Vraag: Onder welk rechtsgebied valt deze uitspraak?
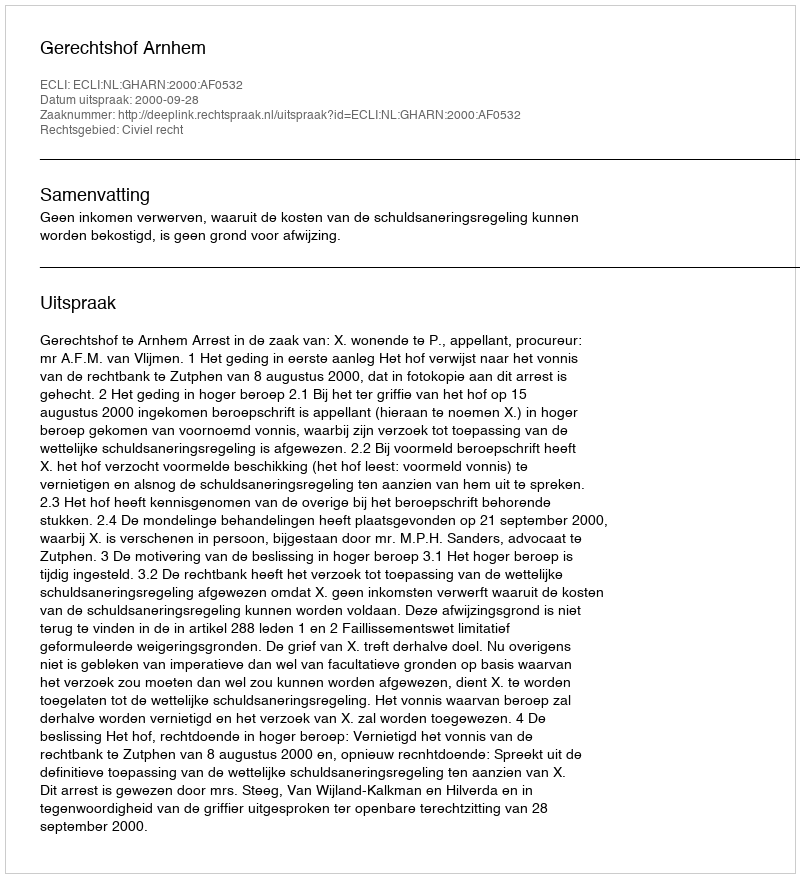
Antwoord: Civiel recht